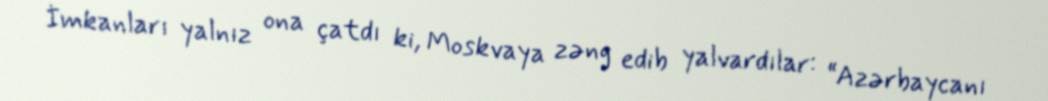
İmkanları yalnız ona çatdı ki, Moskvaya zəng edib yalvardılar: “Azərbaycanı